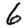
Digit: 6